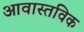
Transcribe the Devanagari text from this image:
आवास्तविक